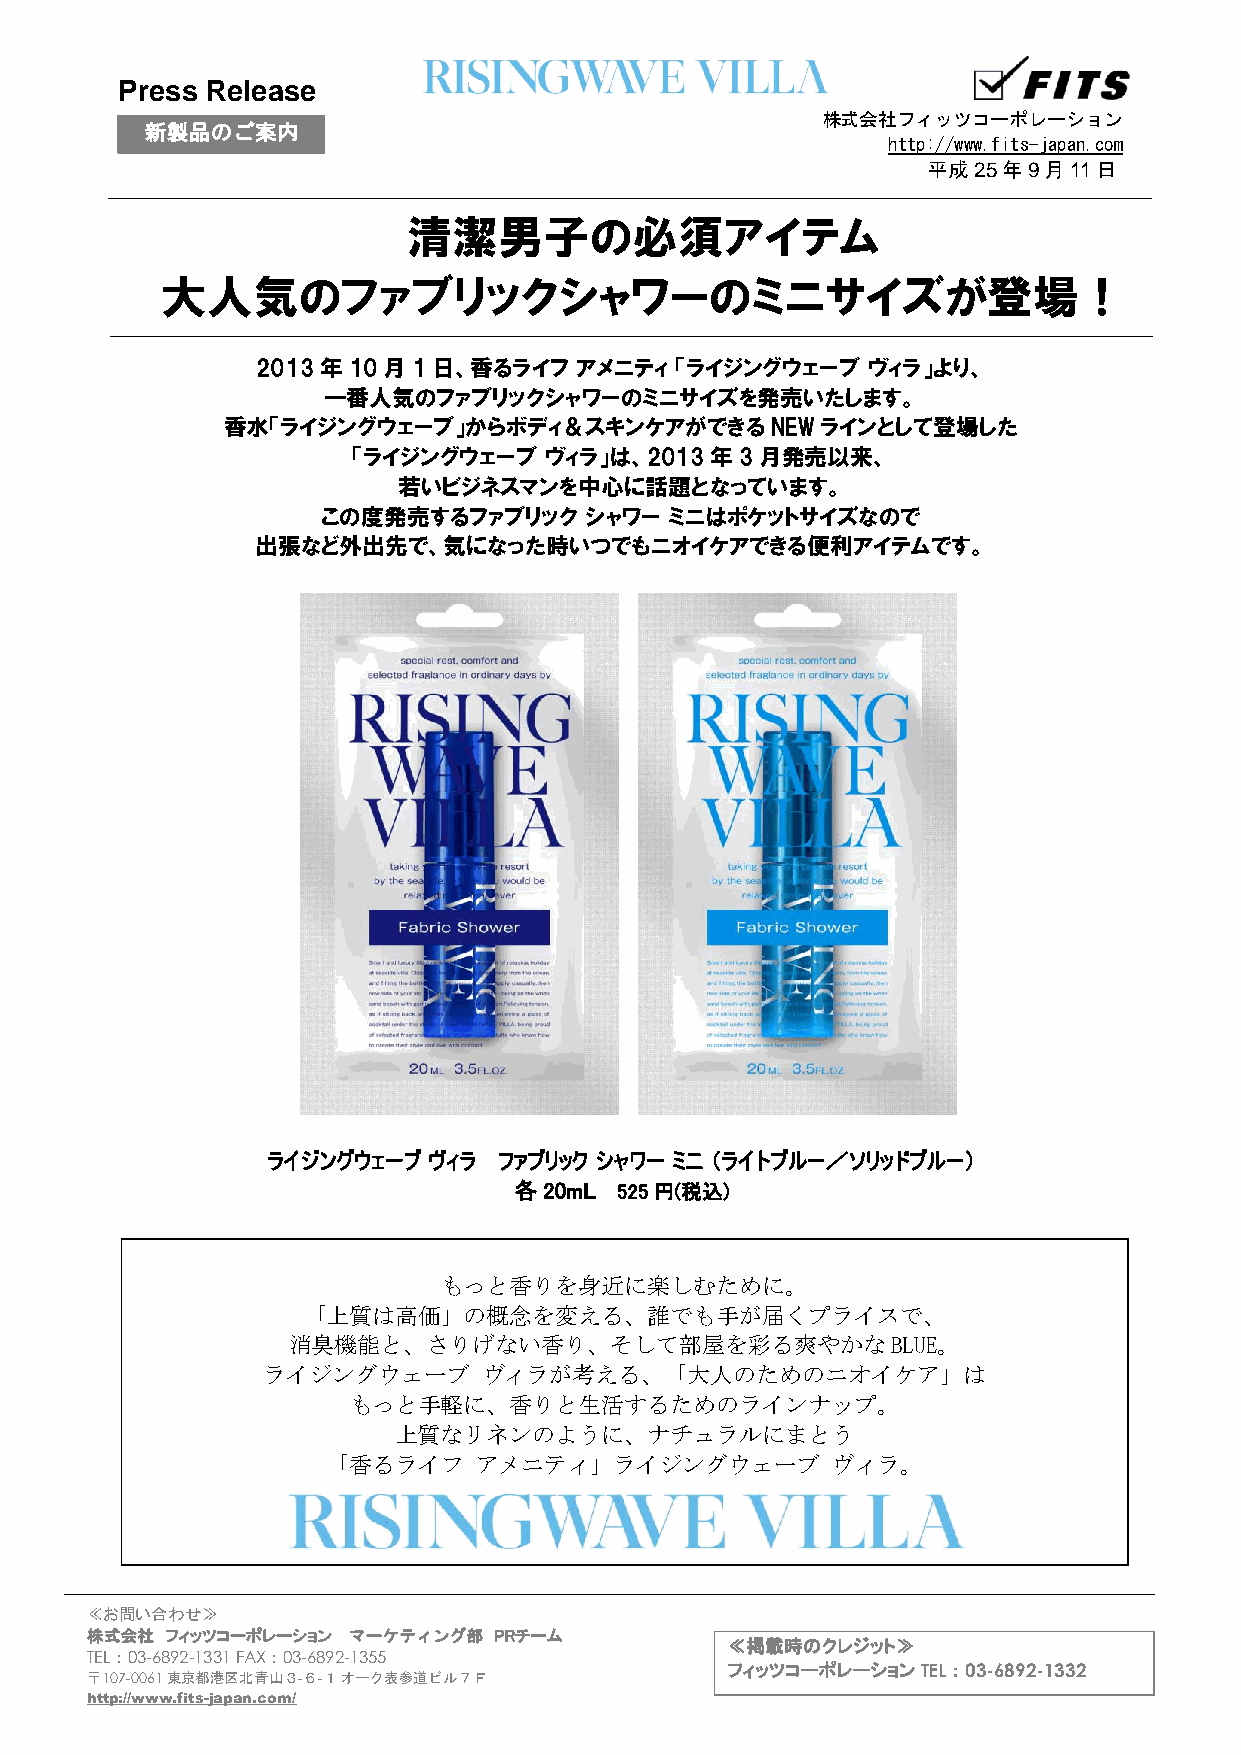
Press Release
 株式会社フィッツコーポレーション
 新製品のご案内
 http://www.fits-japan.com
 平成25年9月11日
 清潔男子の必須アイテム
 大人気のファブリックシャワーのミニサイズが登場！
 2013年10月1日、香るライフ     アメニティ  「ライジングウェーブ  ヴィラ」より、
 一番人気のファブリックシャワーのミニサイズを発売いたします。
 香水「ライジングウェーブ」からボディ＆スキンケアができるNEWラインとして登場した
 「ライジングウェーブ   ヴィラ」は、2013年3月発売以来、
 若いビジネスマンを中心に話題となっています。
 この度発売するファブリック     シャワー ミニはポケットサイズなので
 出張など外出先で、気になった時いつでもニオイケアできる便利アイテムです。
 ライジングウェーブ ヴィラ  ファブリック シャワー ミニ （ライトブルー／ソリッドブルー）
 各20mL  5 25円(税込)
 もっと香りを身近に楽しむために。
 「上質は高価」の概念を変える       、誰でも手が届くプライスで、
 消臭機能と、さりげない香り、そして部屋を彩る爽やかなBLUE。
 ライジングウェーブ      ヴィラが考える、「大人のためのニオイケア」は
 もっと手軽に、香りと生活す       るためのラインナップ。
 上質なリネンのように、      ナチュラルにまとう
 「香るライフ   アメニティ」ライジングウェーブ         ヴィラ。
 ≪お 問い合わせ≫
 株式 会社 フィッツコーポレーション マーケティング部 PRチーム
 ≪掲載時のクレジット≫
 TEL： 03-6892-1331 FAX：03-6892-1355
 フィッツコーポレーションTEL：03-6892-1332
 〒107 -0061 東京都港区北青山３-６-１ オーク表参道ビル７Ｆ
 http://www.fits-japan.com/